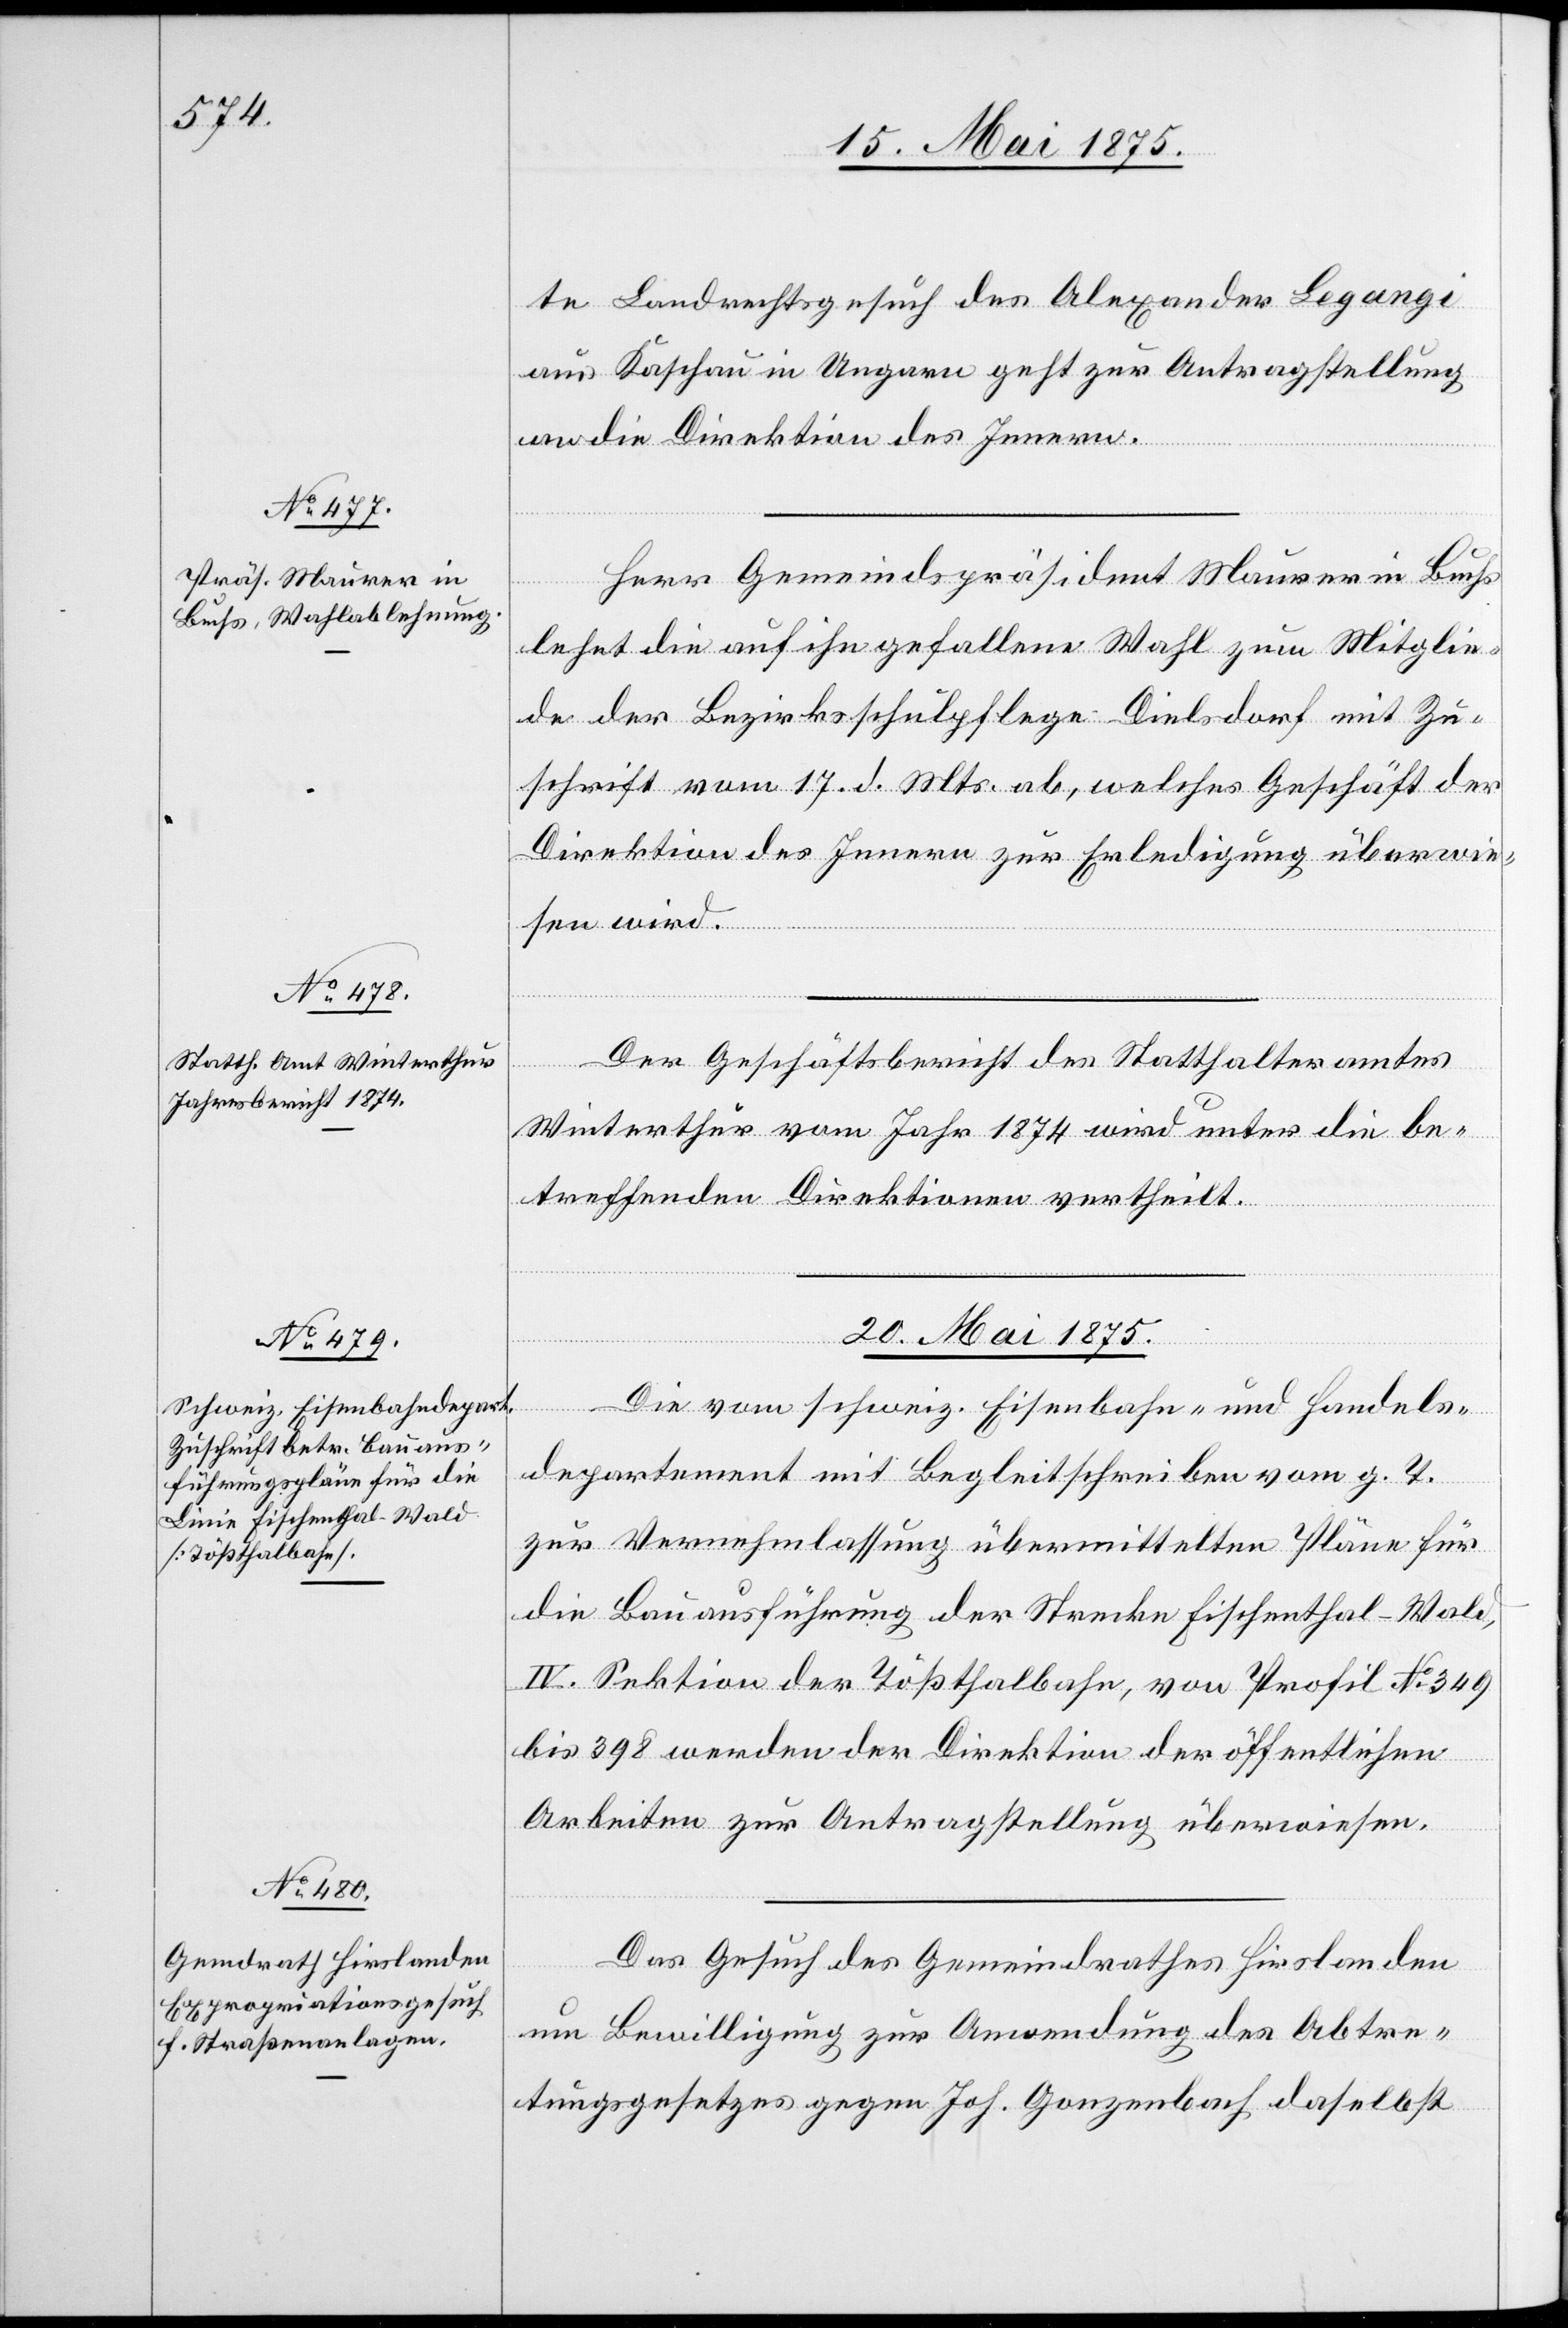
19. Mai 1875.]
te Landrechtsgesuch des Alexander Legangi
aus Kaschau in Ungarn geht zur Antragstellung
an die Direktion des Innern.
Herr Gemeindspräsident Maurer in Buchs
lehnt die auf ihn gefallene Wahl zum Mitglie¬
de der Bezirksschulpflege Dielsdorf mit Zu¬
schrift vom 17. d. Mts ab, welches Geschäft der
Direktion des Innern zur Erledigung überwie¬
sen wird.
Der Geschäftsbericht des Statthalteramtes
Winterthur vom Jahr 1874 wird unter die be¬
treffenden Direktionen vertheilt.
20. Mai 1875.]
Die vom schweiz. Eisenbahn- und Handels¬
departement mit Begleitschreiben vom g. T.
zur Vernehmlassung übermittelten Pläne für
die Bauausführung der Strecke Fischenthal–Wald,
IV. Sektion der Tößthalbahn, von Profil No 349
bis 398 werden der Direktion der öffentlichen
Arbeiten zur Antragstellung überwiesen.
Das Gesuch des Gemeindrathes Hirslanden
um Bewilligung zur Anwendung des Abtre¬
tungsgesetzes gegen Jos. Gonzenbach daselbst